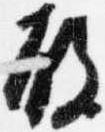
殿